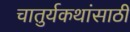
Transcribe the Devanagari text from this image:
चातुर्यकथांसाठी